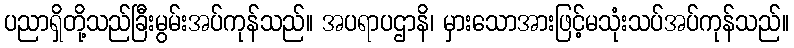
ပညာရှိတို့သည်ခြီးမွမ်းအပ်ကုန်သည်။ အပရာပဌာနိ၊ မှားသောအားဖြင့်မသုံးသပ်အပ်ကုန်သည်။